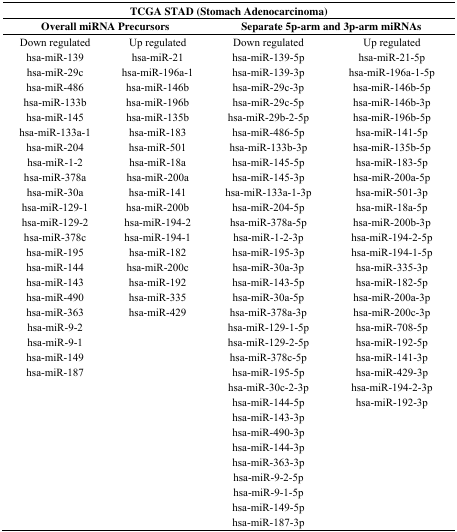
<table><thead><tr><td colspan="4"><b>TCGA STAD (Stomach Adenocarcinoma)</b></td></tr><tr><td colspan="2"><b>Overall miRNA Precursors</b></td><td colspan="2"><b>Separate 5p-arm and 3p-arm miRNAs</b></td></tr></thead><tbody><tr><td>Down regulated</td><td>Up regulated</td><td>Down regulated </td><td>Up regulated</td></tr><tr><td>hsa-miR-139</td><td>hsa-miR-21</td><td>hsa-miR-139-5p</td><td>hsa-miR-21-5p</td></tr><tr><td>hsa-miR-29c</td><td>hsa-miR-196a-1</td><td>hsa-miR-139-3p</td><td>hsa-miR-196a-1-5p</td></tr><tr><td>hsa-miR-486</td><td>hsa-miR-146b</td><td>hsa-miR-29c-3p</td><td>hsa-miR-146b-5p</td></tr><tr><td>hsa-miR-133b</td><td>hsa-miR-196b</td><td>hsa-miR-29c-5p</td><td>hsa-miR-146b-3p</td></tr><tr><td>hsa-miR-145</td><td>hsa-miR-135b</td><td>hsa-miR-29b-2-5p</td><td>hsa-miR-196b-5p</td></tr><tr><td>hsa-miR-133a-1</td><td>hsa-miR-183</td><td>hsa-miR-486-5p</td><td>hsa-miR-141-5p</td></tr><tr><td>hsa-miR-204</td><td>hsa-miR-501</td><td>hsa-miR-133b-3p</td><td>hsa-miR-135b-5p</td></tr><tr><td>hsa-miR-1-2</td><td>hsa-miR-18a</td><td>hsa-miR-145-5p</td><td>hsa-miR-183-5p</td></tr><tr><td>hsa-miR-378a</td><td>hsa-miR-200a</td><td>hsa-miR-145-3p</td><td>hsa-miR-200a-5p</td></tr><tr><td>hsa-miR-30a</td><td>hsa-miR-141</td><td>hsa-miR-133a-1-3p</td><td>hsa-miR-501-3p</td></tr><tr><td>hsa-miR-129-1</td><td>hsa-miR-200b</td><td>hsa-miR-204-5p</td><td>hsa-miR-18a-5p</td></tr><tr><td>hsa-miR-129-2</td><td>hsa-miR-194-2</td><td>hsa-miR-378a-5p</td><td>hsa-miR-200b-3p</td></tr><tr><td>hsa-miR-378c</td><td>hsa-miR-194-1</td><td>hsa-miR-1-2-3p</td><td>hsa-miR-194-2-5p</td></tr><tr><td>hsa-miR-195</td><td>hsa-miR-182</td><td>hsa-miR-195-3p</td><td>hsa-miR-194-1-5p</td></tr><tr><td>hsa-miR-144</td><td>hsa-miR-200c</td><td>hsa-miR-30a-3p</td><td>hsa-miR-335-3p</td></tr><tr><td>hsa-miR-143</td><td>hsa-miR-192</td><td>hsa-miR-143-5p</td><td>hsa-miR-182-5p</td></tr><tr><td>hsa-miR-490</td><td>hsa-miR-335</td><td>hsa-miR-30a-5p</td><td>hsa-miR-200a-3p</td></tr><tr><td>hsa-miR-363</td><td>hsa-miR-429</td><td>hsa-miR-378a-3p</td><td>hsa-miR-200c-3p</td></tr><tr><td>hsa-miR-9-2</td><td></td><td>hsa-miR-129-1-5p</td><td>hsa-miR-708-5p</td></tr><tr><td>hsa-miR-9-1</td><td></td><td>hsa-miR-129-2-5p</td><td>hsa-miR-192-5p</td></tr><tr><td>hsa-miR-149</td><td></td><td>hsa-miR-378c-5p</td><td>hsa-miR-141-3p</td></tr><tr><td>hsa-miR-187</td><td></td><td>hsa-miR-195-5p</td><td>hsa-miR-429-3p</td></tr><tr><td></td><td></td><td>hsa-miR-30c-2-3p</td><td>hsa-miR-194-2-3p</td></tr><tr><td></td><td></td><td>hsa-miR-144-5p</td><td>hsa-miR-192-3p</td></tr><tr><td></td><td></td><td>hsa-miR-143-3p</td><td></td></tr><tr><td></td><td></td><td>hsa-miR-490-3p</td><td></td></tr><tr><td></td><td></td><td>hsa-miR-144-3p</td><td></td></tr><tr><td></td><td></td><td>hsa-miR-363-3p</td><td></td></tr><tr><td></td><td></td><td>hsa-miR-9-2-5p</td><td></td></tr><tr><td></td><td></td><td>hsa-miR-9-1-5p</td><td></td></tr><tr><td></td><td></td><td>hsa-miR-149-5p</td><td></td></tr><tr><td></td><td></td><td>hsa-miR-187-3p</td><td></td></tr></tbody></table>